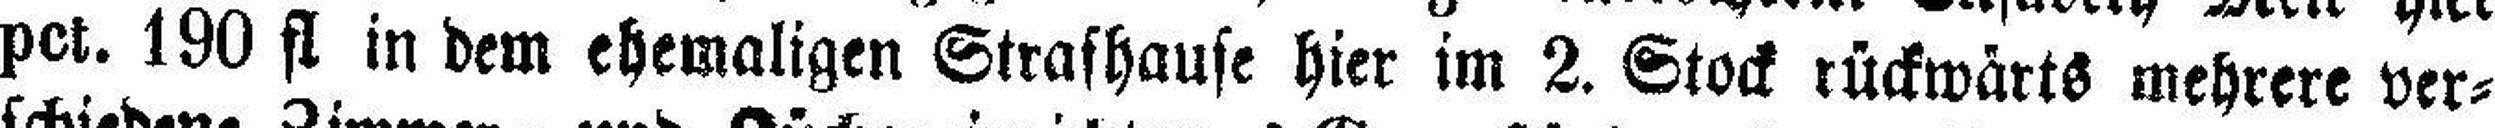
pct. 190 fl in dem ehemaligen Strashause hier im 2. Stock rückwärts mehrere ver¬